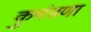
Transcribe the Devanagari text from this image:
कुमंत्रणा